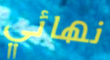
نهائي